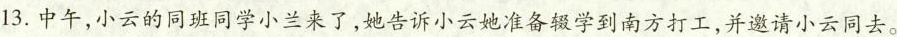
(1)小云应该怎么做?